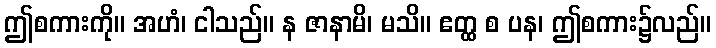
ဤစကားကို။ အဟံ၊ ငါသည်။ န ဇာနာမိ၊ မသိ။ ဧတ္ထ စ ပန၊ ဤစကား၌လည်။